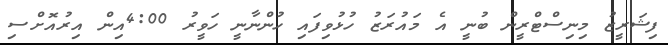
ފިޝަރީޒު މިނިސްޓްރީން ބުނީ އެ މައުރަޒު ހުޅުވިފައި ހުންނާނީ ހަވީރު 4:00އިން އިރުއޮށްސި